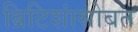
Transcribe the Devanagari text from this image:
ब्रिटिशांसोबत